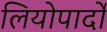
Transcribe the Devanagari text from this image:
लियोपार्दो